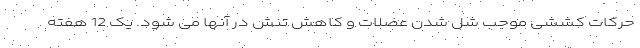
حرکات کششی موجب شل شدن عضلات و کاهش تنش در آنها می شود. یک 12 هفته